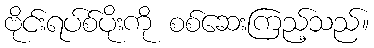
ဗိုင်းရပ်စ်ပိုးကို စစ်ဆေးကြည့်သည်။